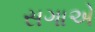
સગાએ